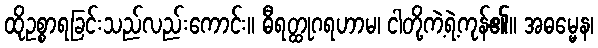
ထိုဥစ္စာရခြင်းသည်လည်းကောင်း။ ဓီရတ္ထုဂရဟာမ၊ ငါတို့ကဲ့ရဲ့ကုန်၏။ အဓမ္မေန၊